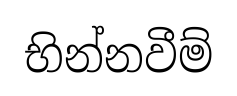
භින්නවීම්